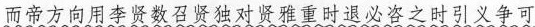
而帝方向用李贤数召贤独对贤雅重时退必咨之时引义争可